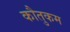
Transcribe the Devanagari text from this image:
कौतुकम